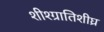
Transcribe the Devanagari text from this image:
शीश्ग्रातिशीघ्र